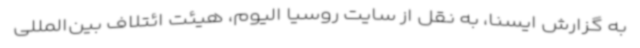
به گزارش ایسنا، به نقل از سایت روسیا الیوم، هیئت ائتلاف بین‌المللی